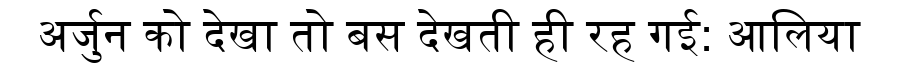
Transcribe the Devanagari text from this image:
अर्जुन को देखा तो बस देखती ही रह गई: आलिया